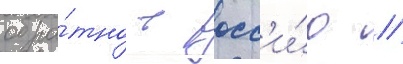
обра́тно в росс'и́ю //